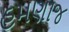
હમણાજ